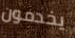
يخدمون